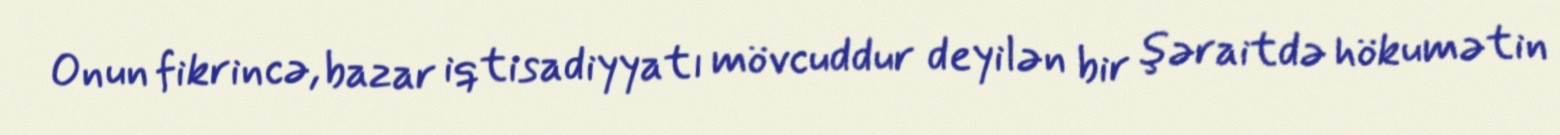
Onun fikrincə, bazar iqtisadiyyatı mövcuddur deyilən bir şəraitdə hökumətin